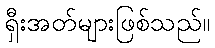
ရှီးအတ်များဖြစ်သည်။